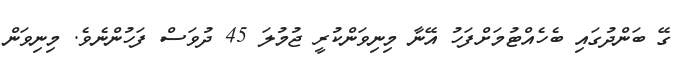
ގޭ ބަންދުގައި ބެހެއްޓުމަށްފަހު އޭނާ މިނިވަންކުރީ ޖުމުލަ 45 ދުވަސް ފަހުންނެވެ. މިނިވަން